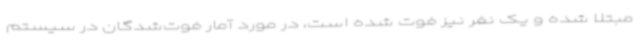
مبتلا شده و یک نفر نیز فوت شده است، در مورد آمار فوت‌شدگان در سیستم